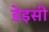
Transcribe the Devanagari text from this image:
डेइसी